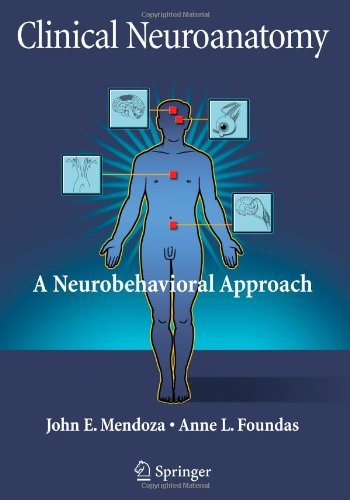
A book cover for By John Mendoza - Clinical Neuroanatomy: A Neurobehavioral Approach; Anne Foundas John Mendoza; Medical Books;